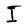
Character: I